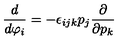
\frac { d } { d \varphi _ { i } } = - \epsilon _ { i j k } p _ { j } \frac { \partial } { \partial p _ { k } }